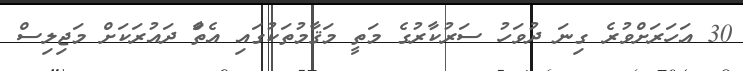
30 އަހަރަށްވުރެ ގިނަ ދުވަހު ސަރުކާރުގެ މަތީ މަޤާމުތަކުގައި އެތަާް ދައުރަކަށް މަޖިލިސް